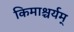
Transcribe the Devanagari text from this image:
किमाश्चर्यम्